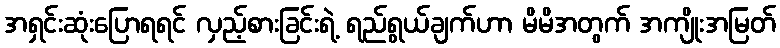
အရှင်းဆုံးပြောရရင် လှည့်စားခြင်းရဲ့ ရည်ရွယ်ချက်ဟာ မိမိအတွက် အကျိုးအမြတ်